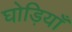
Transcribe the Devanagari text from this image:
घोड़ियाँ